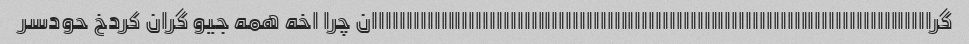
گرااااااااااااااااااااااااااااااااااااااااااااااااااااااااااااااااااااااااااااااااان چرا اخه همه جیو گران کردخ حودسر